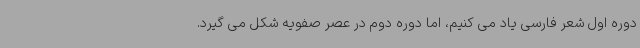
دوره اول شعر فارسی یاد می کنیم، اما دوره دوم در عصر صفویه شکل می گیرد.